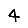
Digit: 4